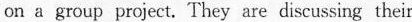
on a group project. They are discussing their